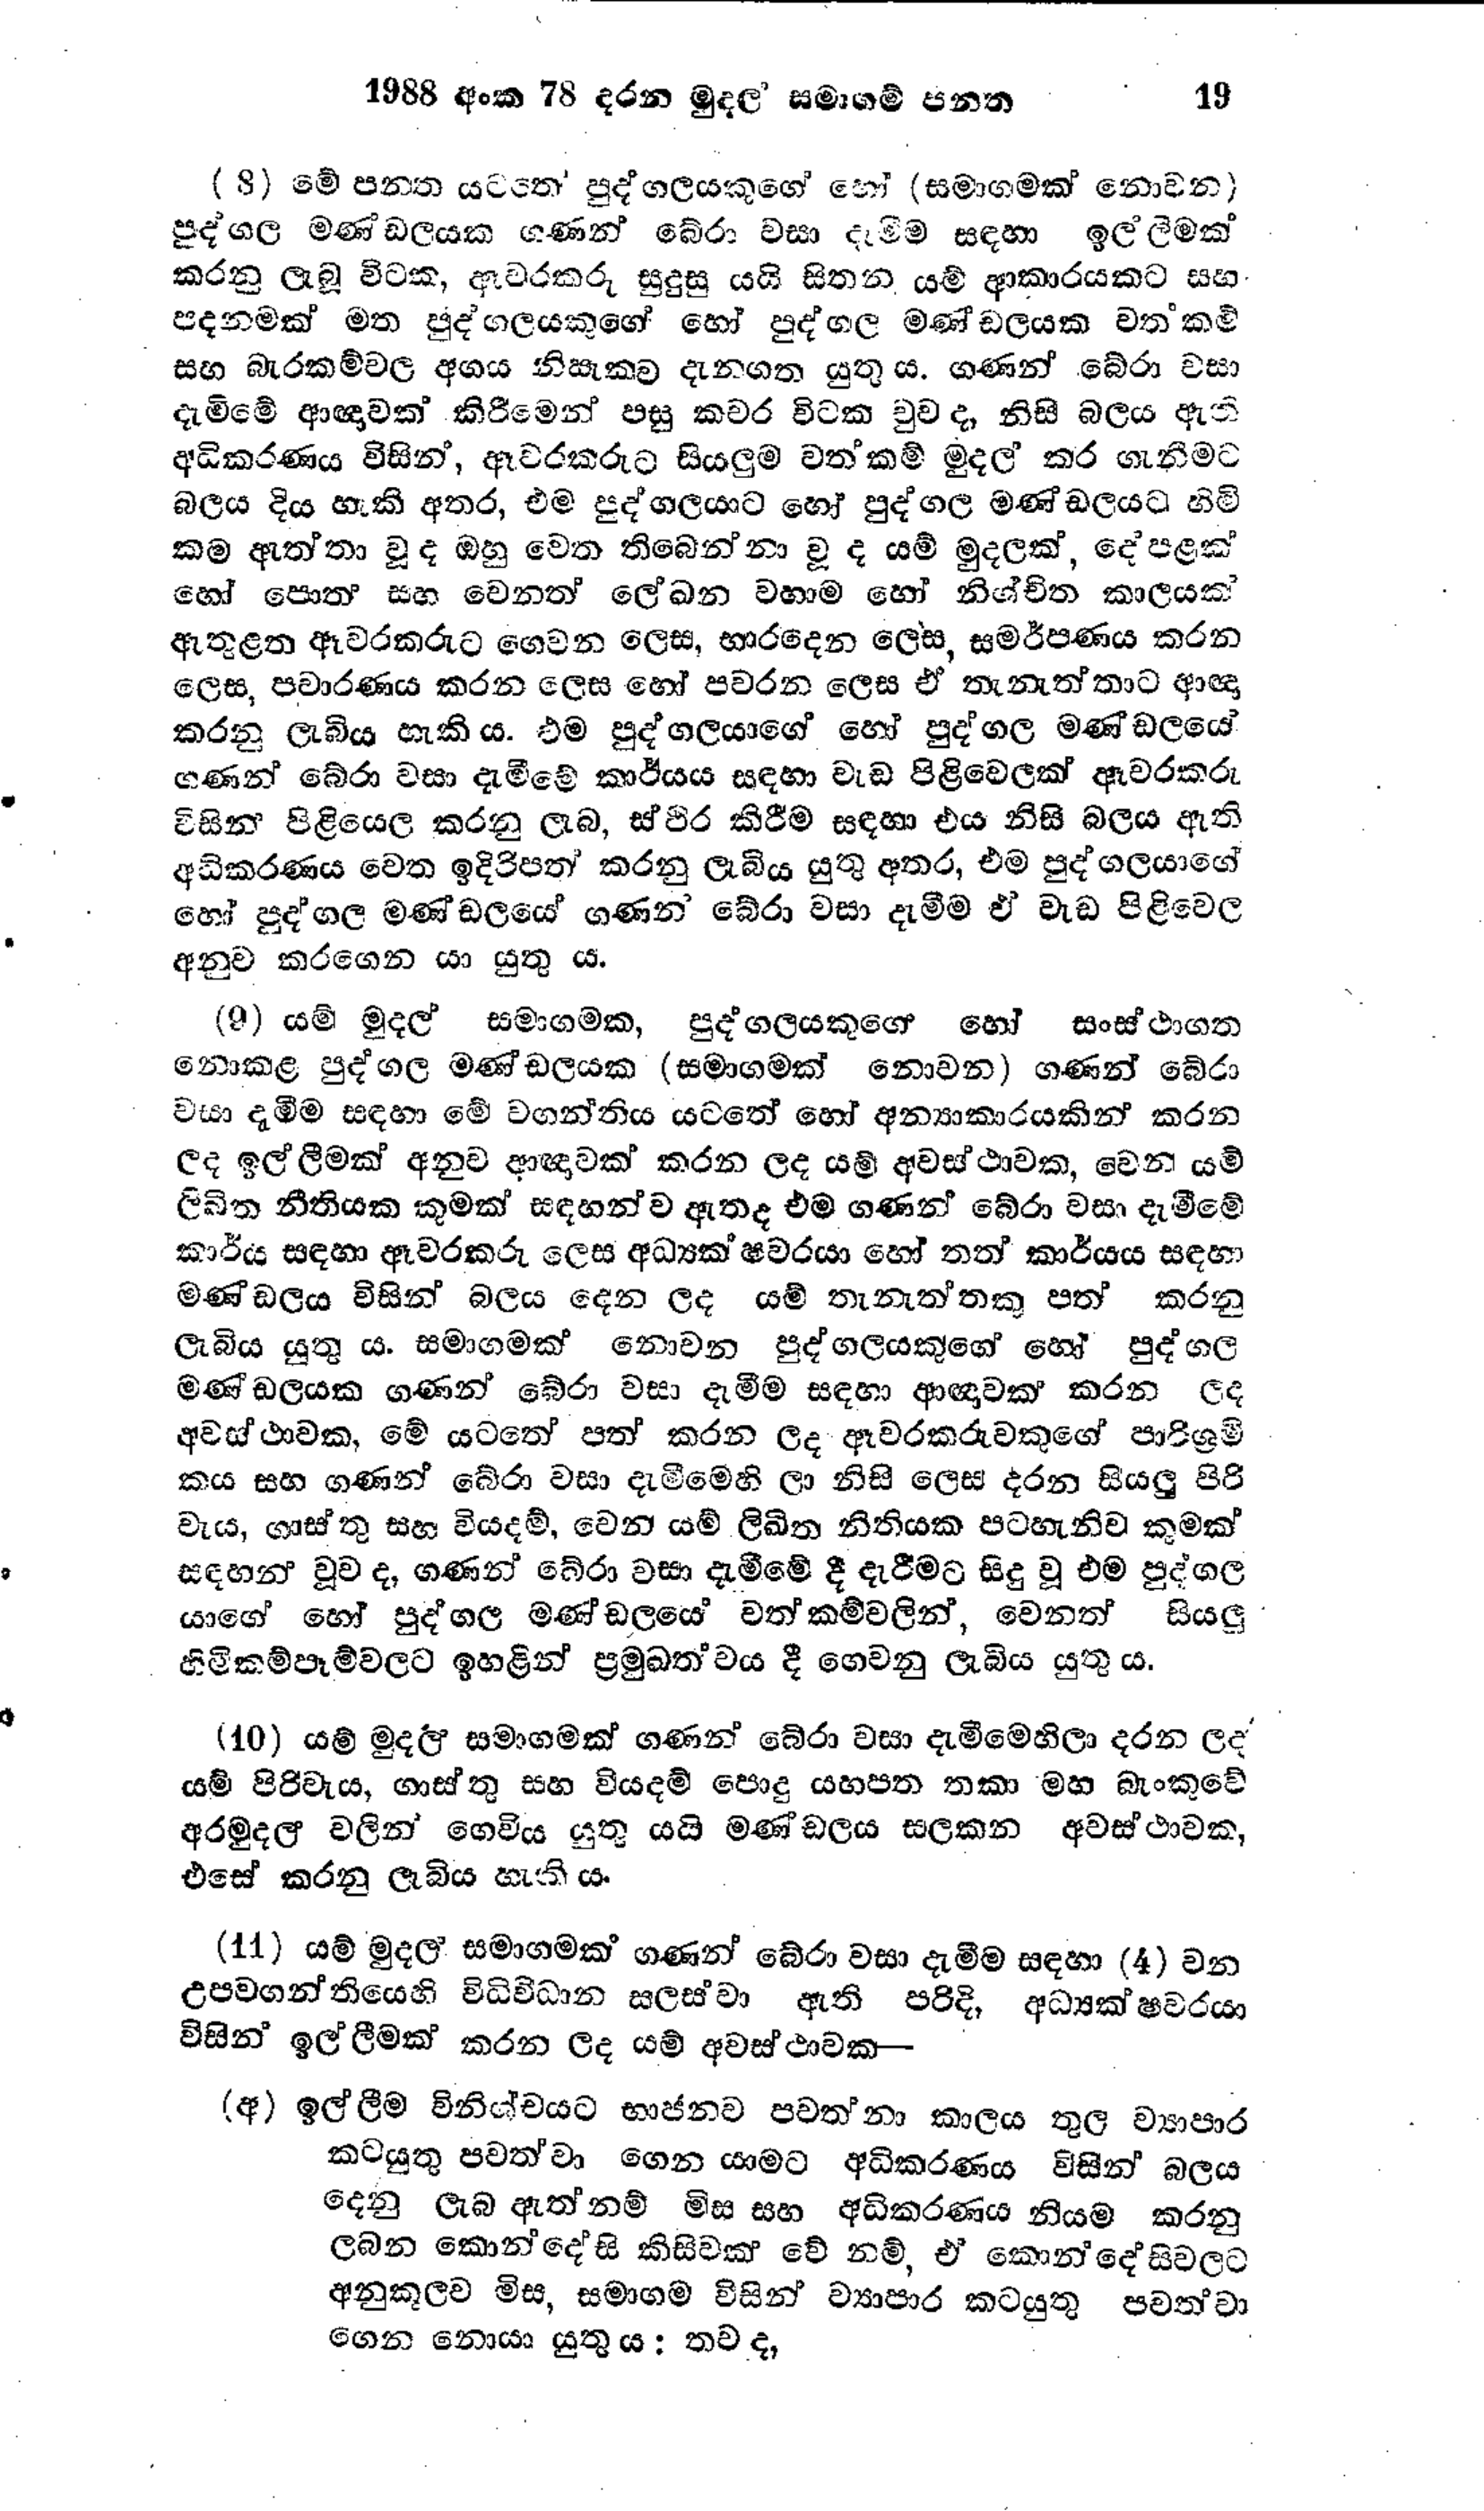
1988 අංක 78 දරන මුදල සමාගම් පනත 19

(8) මේ පනත යටත පුද්ගලයකුගේ හෝ (සමාගමක් නොවන)
පුද්ගල මණ්ඩලයක ගණන් බේරා වසා දැමීම සඳහා ඉල්ලීමක්
කරනු ලැබූ විටක, ඇවරකරු සුදුසු යයි සිතන යම් ආකාරයකට සහ
පදනමක් මත පුද්ගලයකුගේ හෝ පුද්ගල මණ්ඩලයක වත්කම්
සහ බැරකම්වල අගය නිසැකව දැනගත යුතුය. ගණන් බේරා වසා
දැමිමේ ආඥාවක් කිරීමෙන් පසු කවර විටක වුවද, නිසි බලය ඇති
අධිකරණය විසින්, ඈවරකරුට සියලුම වත්කම් මුදල් කර ගැනීමට
බලය දිය හැකි අතර, එම පුද්ගලයාට හෝ පුද්ගල මණ්ඩලයට හිමි
කම ඇත්තා වූද ඔහු වෙත තිබෙන්නා වූ ද යම් මුදලක්, දේපළක්
හෝ පොත සහ වෙනත් ලේඛන වහාම හෝ නිශ්චිත කාලයක්
ඇතුළත ඈවරකරුට ගෙවන ලෙස, භාරදෙන ලෙස, සමර්පණය කරන
ලෙස, පවාරණය කරන ලෙස හෝ පවරන ලෙස ඒ තැනැත්තාට ආඥා
කරනු ලැබිය හැකිය. එම පුද්ගලයාගේ හෝ පුද්ගල මණ්ඩලයේ
ගණන් බේරා වසා දැමීමේ කාර්යය සඳහා වැඩ පිළිවෙලක් ඈවරකරු
විසින් පිළියෙල කරනු ලැබ, ස්ථිර කිරීම සඳහා එය නිසි බලය ඇති
අධිකරණය වෙත ඉදිරිපත් කරනු ලැබිය යුතු අතර, එම පුද්ගලයාගේ
හෝ පුද්ගල මණ්ඩලයේ ගණන් බේරා වසා දැමීම ඒ වැඩපිළිවෙල
අනුව කරගෙන යා යුතු ය.

(9) යම් මුදල් සමාගමක, පුද්ගලයකුගේ හෝ සංස්ථාගත
නොකළ පුද්ගල මණ්ඩලයක (සමාගමක් නොවන) ගණන් බේරා
වසා දැමීම සඳහා මේ වගන්තිය යටතේ හෝ අන්‍යාකාරයකින් කරන
ලද ඉල්ලීමක් අනුව ආඥාවක් කරන ලද යම් අවස්ථාවක, වෙන යම්
ලිඛිත නීතියක කුමක් සඳහන්ව ඇතද එම ගණන් බේරා වසා දැමීමේ
කාර්ය සඳහා ඈවරකරු ලෙස අධ්‍යක්ෂවරයා හෝ තත් කාර්යය සඳහා
මණ්ඩලය විසින් බලය දෙන ලද යම් තැනැත්තකු පත් කරනු
ලැබිය යුතු ය. සමාගමක් නොවන පුද්ගලයකුගේ හෝ පුද්ගල
මණ්ඩලයක ගණන් බේරා වසා දැමීම සඳහා ආඥාවක කරන ලද
අවස්ථාවක, මේ යටතේ පත් කරන ලද ඈවරකරුවකුගේ පාරිශ්‍රමි
කය සහ ගණන් බේරා වසා දැමීමෙහි ලා නිසි ලෙස දරන සියලු පිරි
වැය, ගාස්තු සහ වියදම්, වෙන යම් ලිඛිත නීතියක පටහැනිව කුමක්
සඳහන් වුව ද, ගණන් බේරා වසා දැමීමේ දී දැරීමට සිදු වූ එම පුද්ගල
යාගේ හෝ පුද්ගල මණ්ඩලයේ වත්කම් වලින්, වෙනත් සියලු
හිමිකම්පෑම්වලට ඉහළින් ප්‍රමුඛත්වය දී ගෙවනු ලැබිය යුතු ය.

(10) යම් මුදල සමාගමක් ගණන් බේරා වසා දැමීමෙහිලා දරන ලද
යම් පිරිවැය, ගාස්තු සහ වියදම් පොදු යහපත තකා මහ බැංකුවේ
අරමුදල් වලින් ගෙවිය යුතු යයි මණ්ඩලය සලකන අවස්ථාවක,
එසේ කරනු ලැබිය හැකි ය.

(11) යම් මුදල සමාගමක් ගණන් බේරා වසා දැමීම සඳහා (4) වන
උපවගන්තියෙහි විධිවිධාන සලස්වා ඇති පරිදි, අධ්‍යක්ෂවරයා
විසින් ඉල්ලීමක් කරන ලද යම් අවස්ථාවක-

(අ) ඉල්ලීම විනිශ්චයට භාජනව පවත්නා කාලය තුල ව්‍යාපාර
කටයුතු පවත්වා ගෙන යාමට අධිකරණය විසින් බලය
දෙනු ලැබ ඇත්නම් මිස සහ අධිකරණය නියම කරනු
ලබන කොන්දේසි කිසිවක් වේ නම්, ඒ කොන්දේසිවලට
අනුකූලව මිස, සමාගම විසින් ව්‍යාපාර කටයුතු පවත්වා
ගෙන නොයා යුතුය : තව ද,